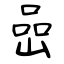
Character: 嵒